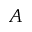
\boldsymbol { A }